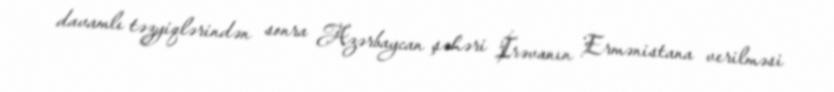
davamlı təzyiqlərindən sonra Azərbaycan şəhəri İrəvanın Ermənistana verilməsi